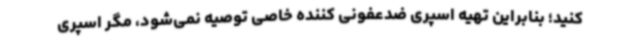
کنید؛ بنابراین تهیه اسپری ضدعفونی کننده خاصی توصیه نمی‌شود، مگر اسپری